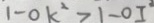
1 - 0 k ^ { 2 } > 1 - 0 I ^ { 2 }